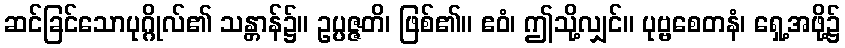
ဆင်ခြင်သောပုဂ္ဂိုလ်၏ သန္တာန်၌။ ဥပ္ပဇ္ဇတိ၊ ဖြစ်၏။ ဧဝံ၊ ဤသို့လျှင်။ ပုဗ္ဗစေတနံ၊ ရှေ့အဖို့၌